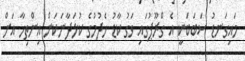
މައިގަނޑު ސަބަބަކީ އެ ގްރޫޕުގައި ވަގު ކާޑު ހެދުމުގެ ކުޅަދާނަކަން އިންތިހާ އަށް